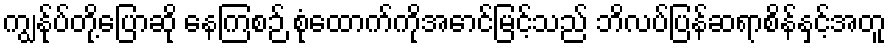
ကျွန်ုပ်တို့ပြောဆို နေကြစဉ် စုံထောက်ကိုအောင်မြင့်သည် ဘိလပ်ပြန်ဆရာစိန်နှင့်အတူ